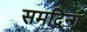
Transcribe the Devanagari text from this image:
समदिन्ग